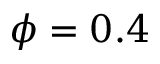
\phi = 0 . 4